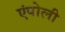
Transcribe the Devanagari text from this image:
एंपोली